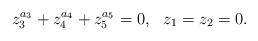
\begin{align*}z_{3}^{a_{3}}+z_{4}^{a_{4}}+z_{5}^{a_{5}} = 0,\ \ z_{1} = z_{2} = 0.\end{align*}